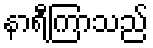
နာရီကြာသည်